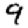
Digit: 9